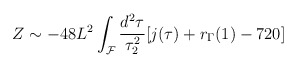
\begin{align*}Z \sim -48L^{2}\int_{\cal F}\frac{d^2\tau}{\tau_{2}^{2}}[j(\tau)+r_{\Gamma}(1)-720]\end{align*}